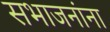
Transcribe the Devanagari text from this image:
सभाजनांना